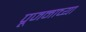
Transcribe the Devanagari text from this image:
पूजनाच्या